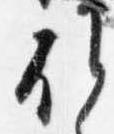
候